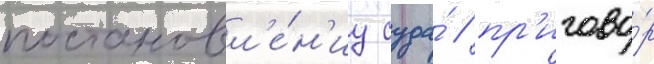
постановл'е́н'иу суда́ / пр'игово́р